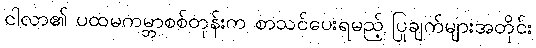
ငါလာ၏ ပထမကမ္ဘာစစ်တုန်းက စာသင်ပေးရမည့် ပြုချက်များအတိုင်း